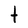
Character: t